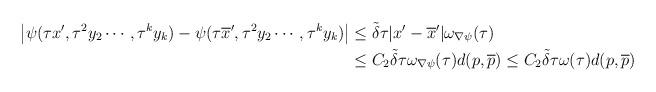
LaTeX: \begin{align*}\begin{aligned}{}\big|\psi(\tau x',\tau^{2}y_{2}\cdots,\tau^{k}y_{k})-\psi(\tau\overline{x}',\tau^{2}y_{2}\cdots,\tau^{k}y_{k}) \big|&\leq\tilde{\delta}\tau|x'-\overline{x}'|\omega_{\nabla\psi}(\tau)\\ &\leq C_{2} \tilde{\delta}\tau\omega_{\nabla\psi}(\tau)d(p,\overline{p}) \leq C_{2} \tilde{\delta}\tau\omega(\tau)d(p,\overline{p})\end{aligned}\end{align*}